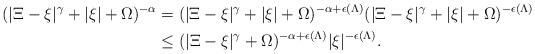
LaTeX: \begin{align*}(|\Xi - \xi|^\gamma + |\xi| + \Omega)^{-\alpha} &= (|\Xi - \xi|^\gamma + |\xi| + \Omega)^{-\alpha+\epsilon(\Lambda)} (|\Xi - \xi|^\gamma + |\xi| + \Omega)^{-\epsilon(\Lambda)} \\&\leq (|\Xi - \xi|^\gamma + \Omega)^{-\alpha+\epsilon(\Lambda)} |\xi|^{-\epsilon(\Lambda)}.\end{align*}